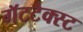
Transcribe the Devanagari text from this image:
गॅटटैक्स्ट